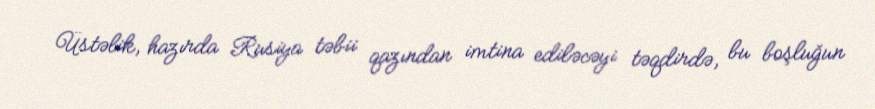
Üstəlik, hazırda Rusiya təbii qazından imtina ediləcəyi təqdirdə, bu boşluğun